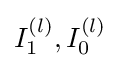
I_{1}^{(l)},I_{0}^{(l)}